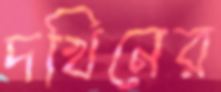
দখিনের